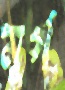
মুর্গ